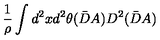
\frac { 1 } { \rho } \int d ^ { 2 } x d ^ { 2 } \theta ( \bar { D } A ) D ^ { 2 } ( \bar { D } A )